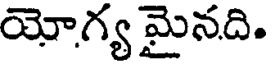
యోగ్య మైనది.